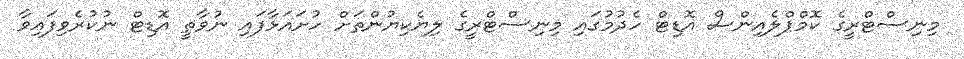
މިނިސްޓްރީގެ ކޮމްޕްލެއިންސް އޮޑިޓް ހެދުމުގައި މިނިސްޓްރީގެ ލިޔެކިޔުންތަށް ހުށައަޅާފައި ނުވާތީ އޮޑިޓް ނުކުރެވިފައިވާ